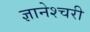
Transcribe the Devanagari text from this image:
ज्ञानेश्चरी